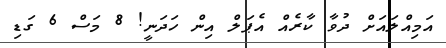
އަމިއްލައަށް ދުވާ ކާރެއް އެޕަލް އިން ހަދަނީ! 8 މަސް 6 ގަޑި